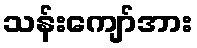
သန်းကျော်အား